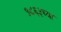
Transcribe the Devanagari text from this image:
१८६३च्या